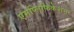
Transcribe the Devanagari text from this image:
एमप्लिफिकेशन